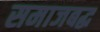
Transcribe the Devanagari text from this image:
समाजबद्ध